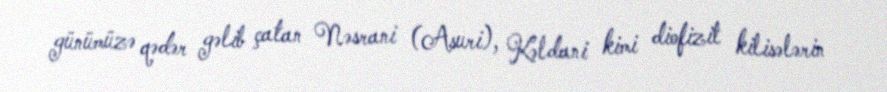
günümüzə qədər gəlib çatan Nəsrani (Asuri), Kəldani kimi diofizit kilisələrin